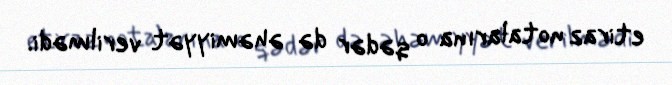
etiraz notalarına o qədər də əhəmiyyət verilmədi.